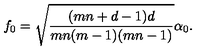
f _ { 0 } = \sqrt { \frac { ( m n + d - 1 ) d } { m n ( m - 1 ) ( m n - 1 ) } } \alpha _ { 0 } .